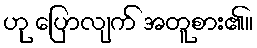
ဟု ပြောလျက် အတူစား၏။